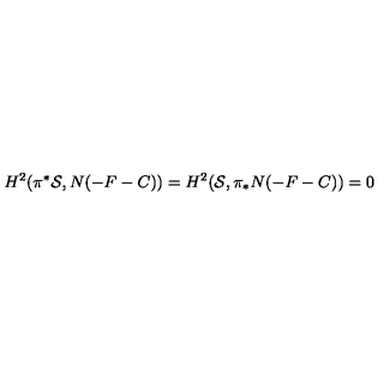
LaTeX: H ^ { 2 } ( \pi ^ { * } { \cal S } , N ( - F - C ) ) = H ^ { 2 } ( { \cal S } , \pi _ { * } N ( - F - C ) ) = 0